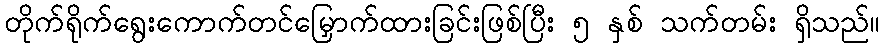
တိုက်ရိုက်ရွေးကောက်တင်မြှောက်ထားခြင်းဖြစ်ပြီး ၅ နှစ် သက်တမ်း ရှိသည်။